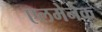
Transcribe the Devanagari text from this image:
एलमेनेक